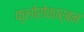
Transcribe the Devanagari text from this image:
फ़्लोरोकार्बन